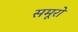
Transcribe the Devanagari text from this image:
समूरो